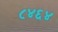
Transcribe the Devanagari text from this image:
८४६४